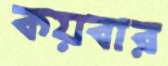
কয়বার